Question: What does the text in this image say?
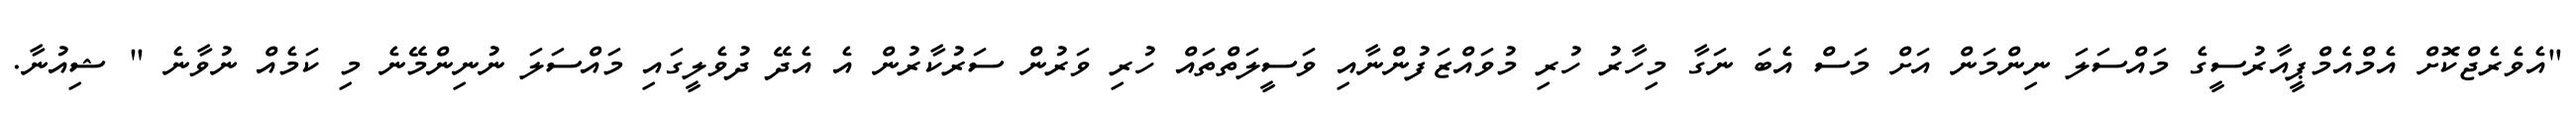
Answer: "އެވެރެޖްކޮށް އެމްއެމްޕީއާރުސީގެ މައްސަލަ ނިންމަން އަށް މަސް އެބަ ނަގާ މިހާރު ހުރި މުވައްޒަފުންނާއި ވަސީލަތްތައް ހުރި ވަރުން ސަރުކާރުން އެ އެދޭ ދުވެލީގައި މައްސަލަ ނުނިންމޭނެ މި ކަމެއް ނުވާނެ " ޝިއުނާ.